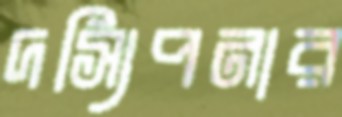
দস্যিপনার